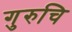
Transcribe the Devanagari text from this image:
गुरुचि